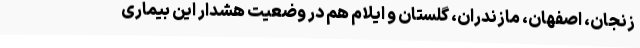
زنجان، اصفهان، مازندران، گلستان و ایلام هم در وضعیت هشدار این بیماری